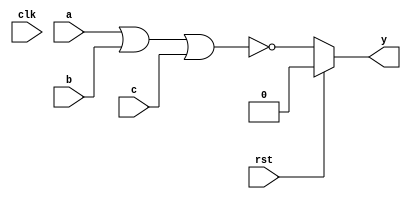
// This program was cloned from: https://github.com/virtualagc/agc_simulation
// License: MIT License

`timescale 1ns/1ps
`default_nettype none

module nor_3(y, a, b, c, rst, clk);
    parameter delay = 9;
    parameter iv = 1'b0;
    input wire a, b, c, rst, clk;

`ifdef TARGET_FPGA
    output reg y = iv;
    reg next_val = iv;
    reg prev_val = iv;
    wire result;
    
    assign result = ~(a|b|c);

    always @(posedge clk)
    begin
        prev_val = y;
        y = next_val;
    end

    always @(negedge clk)
    begin
        next_val = ((result == prev_val) && (y == iv)) ? iv : result;
    end
`else
    output wire y;
    assign #delay y = (rst) ? iv : ~(a|b|c);
`endif
endmodule